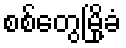
စစ်တွေမြို့ခံ